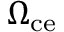
\Omega _ { \mathrm { c e } }